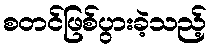
စတင်ဖြစ်ပွားခဲ့သည့်